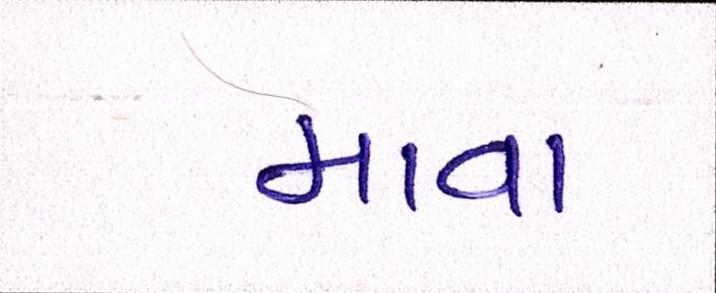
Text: માવા